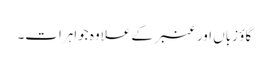
گاؤ زباں اور عنبر کے علاوہ جواہرات۔